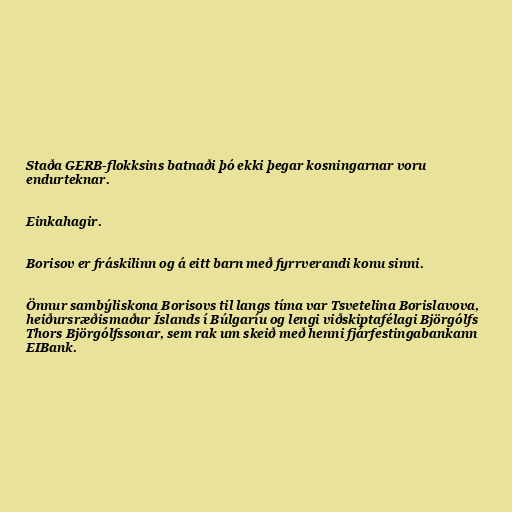
Staða GERB-flokksins batnaði þó ekki þegar kosningarnar voru
endurteknar.

Einkahagir.

Borisov er fráskilinn og á eitt barn með fyrrverandi konu sinni.

Önnur sambýliskona Borisovs til langs tíma var Tsvetelina Borislavova,
heiðursræðismaður Íslands í Búlgaríu og lengi viðskiptafélagi Björgólfs
Thors Björgólfssonar, sem rak um skeið með henni fjárfestingabankann
EIBank.